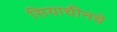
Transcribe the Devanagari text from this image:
सियाचीनचे